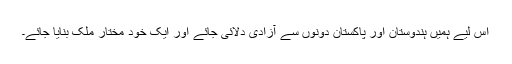
اس لیے ہمیں ہندوستان اور پاکستان دونوں سے آزادی دلائی جائے اور ایک خود مختار ملک بنایا جائے۔